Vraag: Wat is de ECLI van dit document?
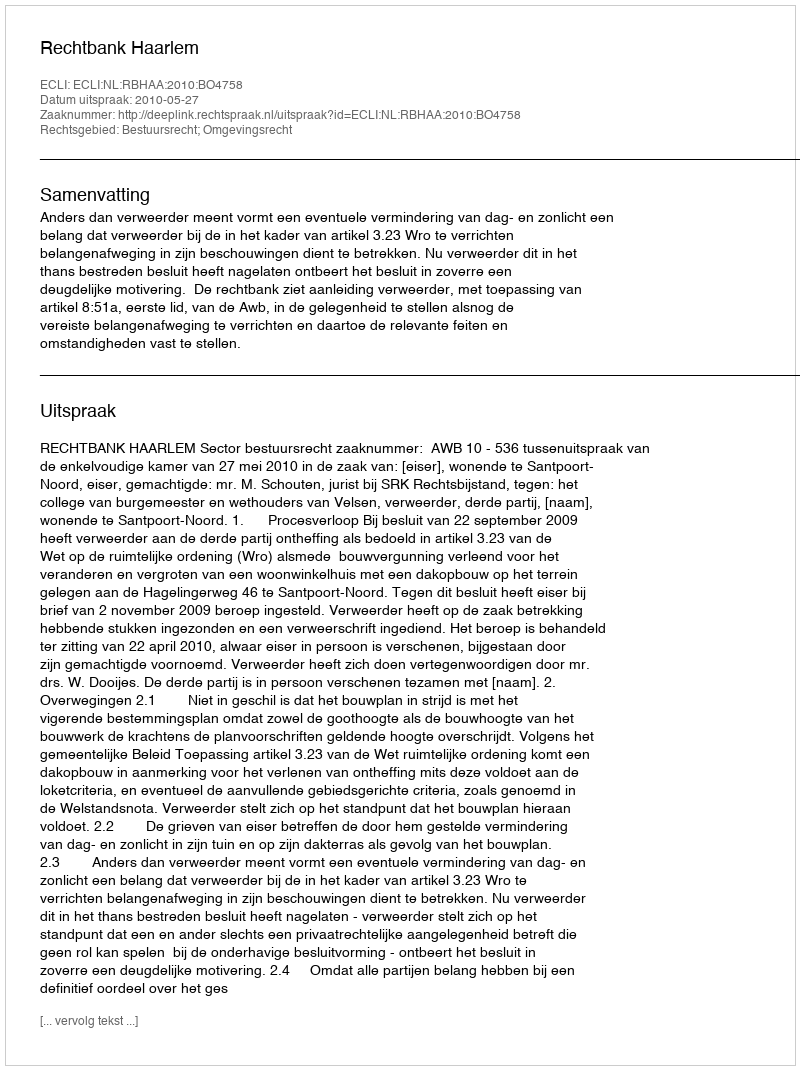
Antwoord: ECLI:NL:RBHAA:2010:BO4758